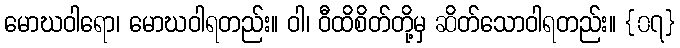
မောဃဝါရော၊ မောဃဝါရတည်း။ ဝါ၊ ဝီထိစိတ်တို့မှ ဆိတ်သောဝါရတည်း။ {၀၇}